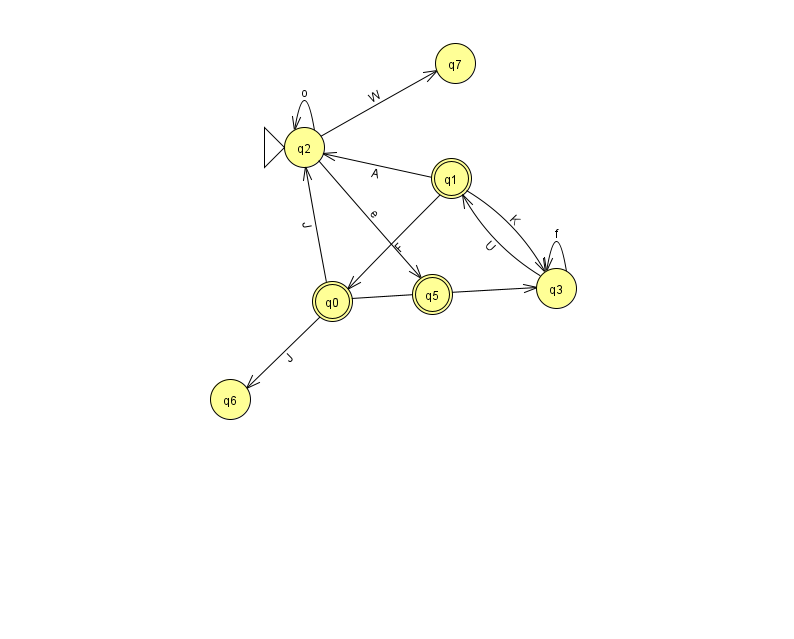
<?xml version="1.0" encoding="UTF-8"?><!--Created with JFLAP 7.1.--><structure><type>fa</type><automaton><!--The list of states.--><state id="0" name="q0"><x>332.0</x><y>288.0</y><final/></state><state id="1" name="q1"><x>451.0</x><y>165.0</y><final/></state><state id="2" name="q2"><x>304.0</x><y>134.0</y><initial/></state><state id="3" name="q3"><x>556.0</x><y>275.0</y></state><state id="5" name="q5"><x>432.0</x><y>281.0</y><final/></state><state id="6" name="q6"><x>230.0</x><y>386.0</y></state><state id="7" name="q7"><x>455.0</x><y>50.0</y></state><!--The list of transitions.--><transition><from>0</from><to>3</to><read>r</read></transition><transition><from>1</from><to>2</to><read>A</read></transition><transition><from>2</from><to>7</to><read>W</read></transition><transition><from>0</from><to>2</to><read>J</read></transition><transition><from>3</from><to>3</to><read>f</read></transition><transition><from>1</from><to>3</to><read>K</read></transition><transition><from>1</from><to>0</to><read>F</read></transition><transition><from>2</from><to>5</to><read>e</read></transition><transition><from>3</from><to>1</to><read>U</read></transition><transition><from>0</from><to>6</to><read>J</read></transition><transition><from>2</from><to>2</to><read>o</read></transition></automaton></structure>